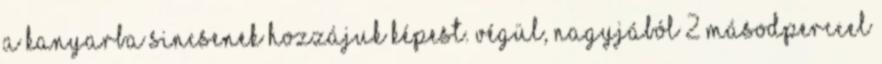
a kanyarba sincsenek hozzájuk képest. Végül, nagyjából 2 másodperccel